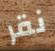
نقر